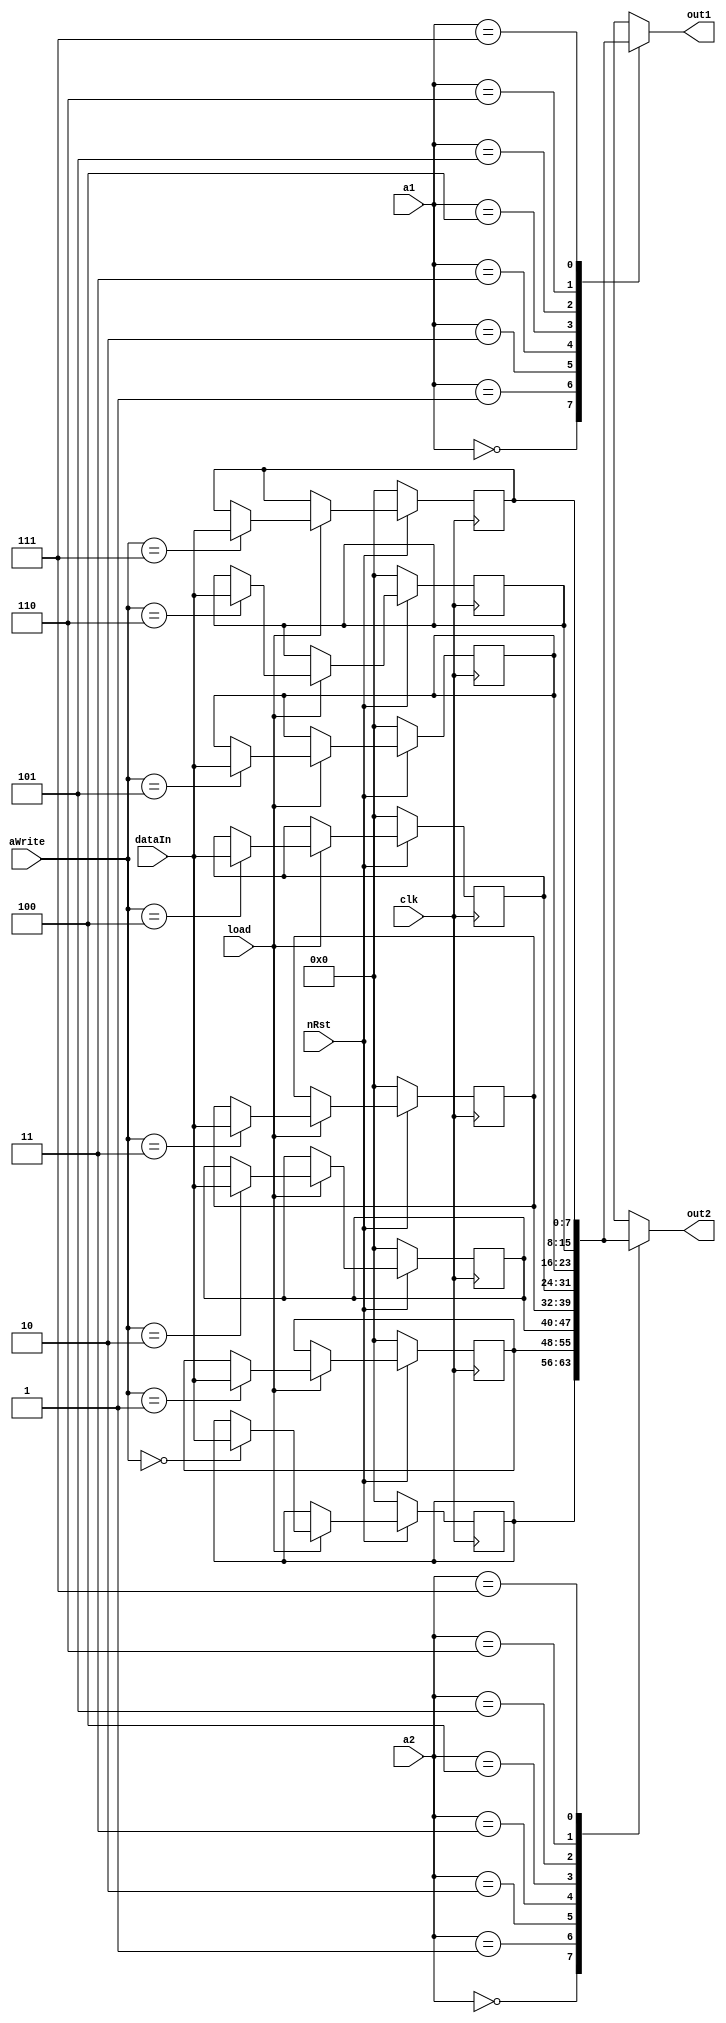
module RegFile (a1, a2, aWrite, dataIn, out1, out2, load, clk, nRst);
parameter AddrBusWidth = 3;
parameter DataBusWidth = 8;

input [AddrBusWidth-1:0] a1, a2, aWrite;
input load, clk, nRst;
input [DataBusWidth-1:0] dataIn;
output [DataBusWidth-1:0] out1, out2;

reg [DataBusWidth-1:0] data0, data1, data2, data3, data4, data5, data6, data7;
reg [DataBusWidth-1:0] out1, out2;

always @ (data0 or data1 or data2 or data3 or data4 or data5 or data6 or data7 or a1 or a2)
begin
	case (a1)
	0 : out1 = data0;
	1 : out1 = data1;
	2 : out1 = data2;
	3 : out1 = data3;
	4 : out1 = data4;
	5 : out1 = data5;
	6 : out1 = data6;
	7 : out1 = data7;
	endcase
	
	case (a2)
	0 : out2 = data0;
	1 : out2 = data1;
	2 : out2 = data2;
	3 : out2 = data3;
	4 : out2 = data4;
	5 : out2 = data5;
	6 : out2 = data6;
	7 : out2 = data7;
	endcase
end

always @ (posedge clk)
begin
	if (nRst == 0) 
		begin 
		data0 <= 0;
		data1 <= 0;
		data2 <= 0;
		data3 <= 0;
		data4 <= 0;
		data5 <= 0;
		data6 <= 0;
		data7 <= 0;
		end
	else
		begin
		if (load == 1)
			begin
			case (aWrite)
			0 : data0 <= dataIn;
			1 : data1 <= dataIn;
			2 : data2 <= dataIn;
			3 : data3 <= dataIn;
			4 : data4 <= dataIn;
			5 : data5 <= dataIn;
			6 : data6 <= dataIn;
			7 : data7 <= dataIn;				
			endcase
			
			end /* end if */
		
		end /* end if */
	
end/* end always */

endmodule